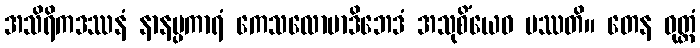
အသိရိကဒဿနံ နာနပ္ပကာရံ ကေသလောမာဒိဘေဒံ အသုစိံယေဝ ပဿတိ။ တေန ဝုတ္တံ